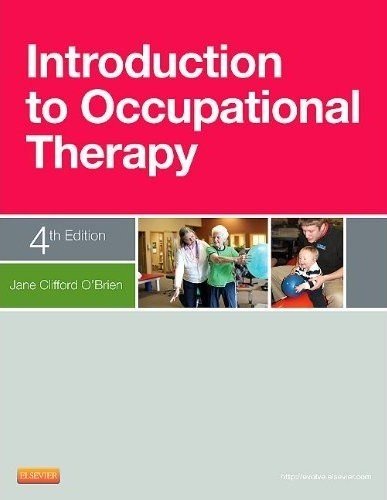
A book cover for Introduction to Occupational Therapy, 4e; Jane Clifford O'Brien PhD  OTR/L; Medical Books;